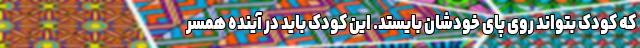
که کودک بتواند روی پای خودشان بایستد. این کودک باید در آینده همسر